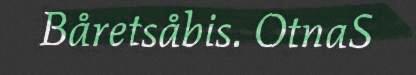
Båretsåbis. OtnaS